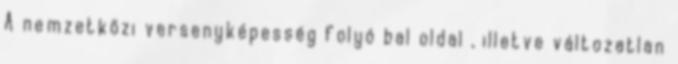
A nemzetközi versenyképesség folyó bal oldal , illetve változatlan